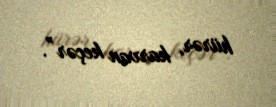
hürər, karvan keçər”.